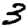
Digit: 3